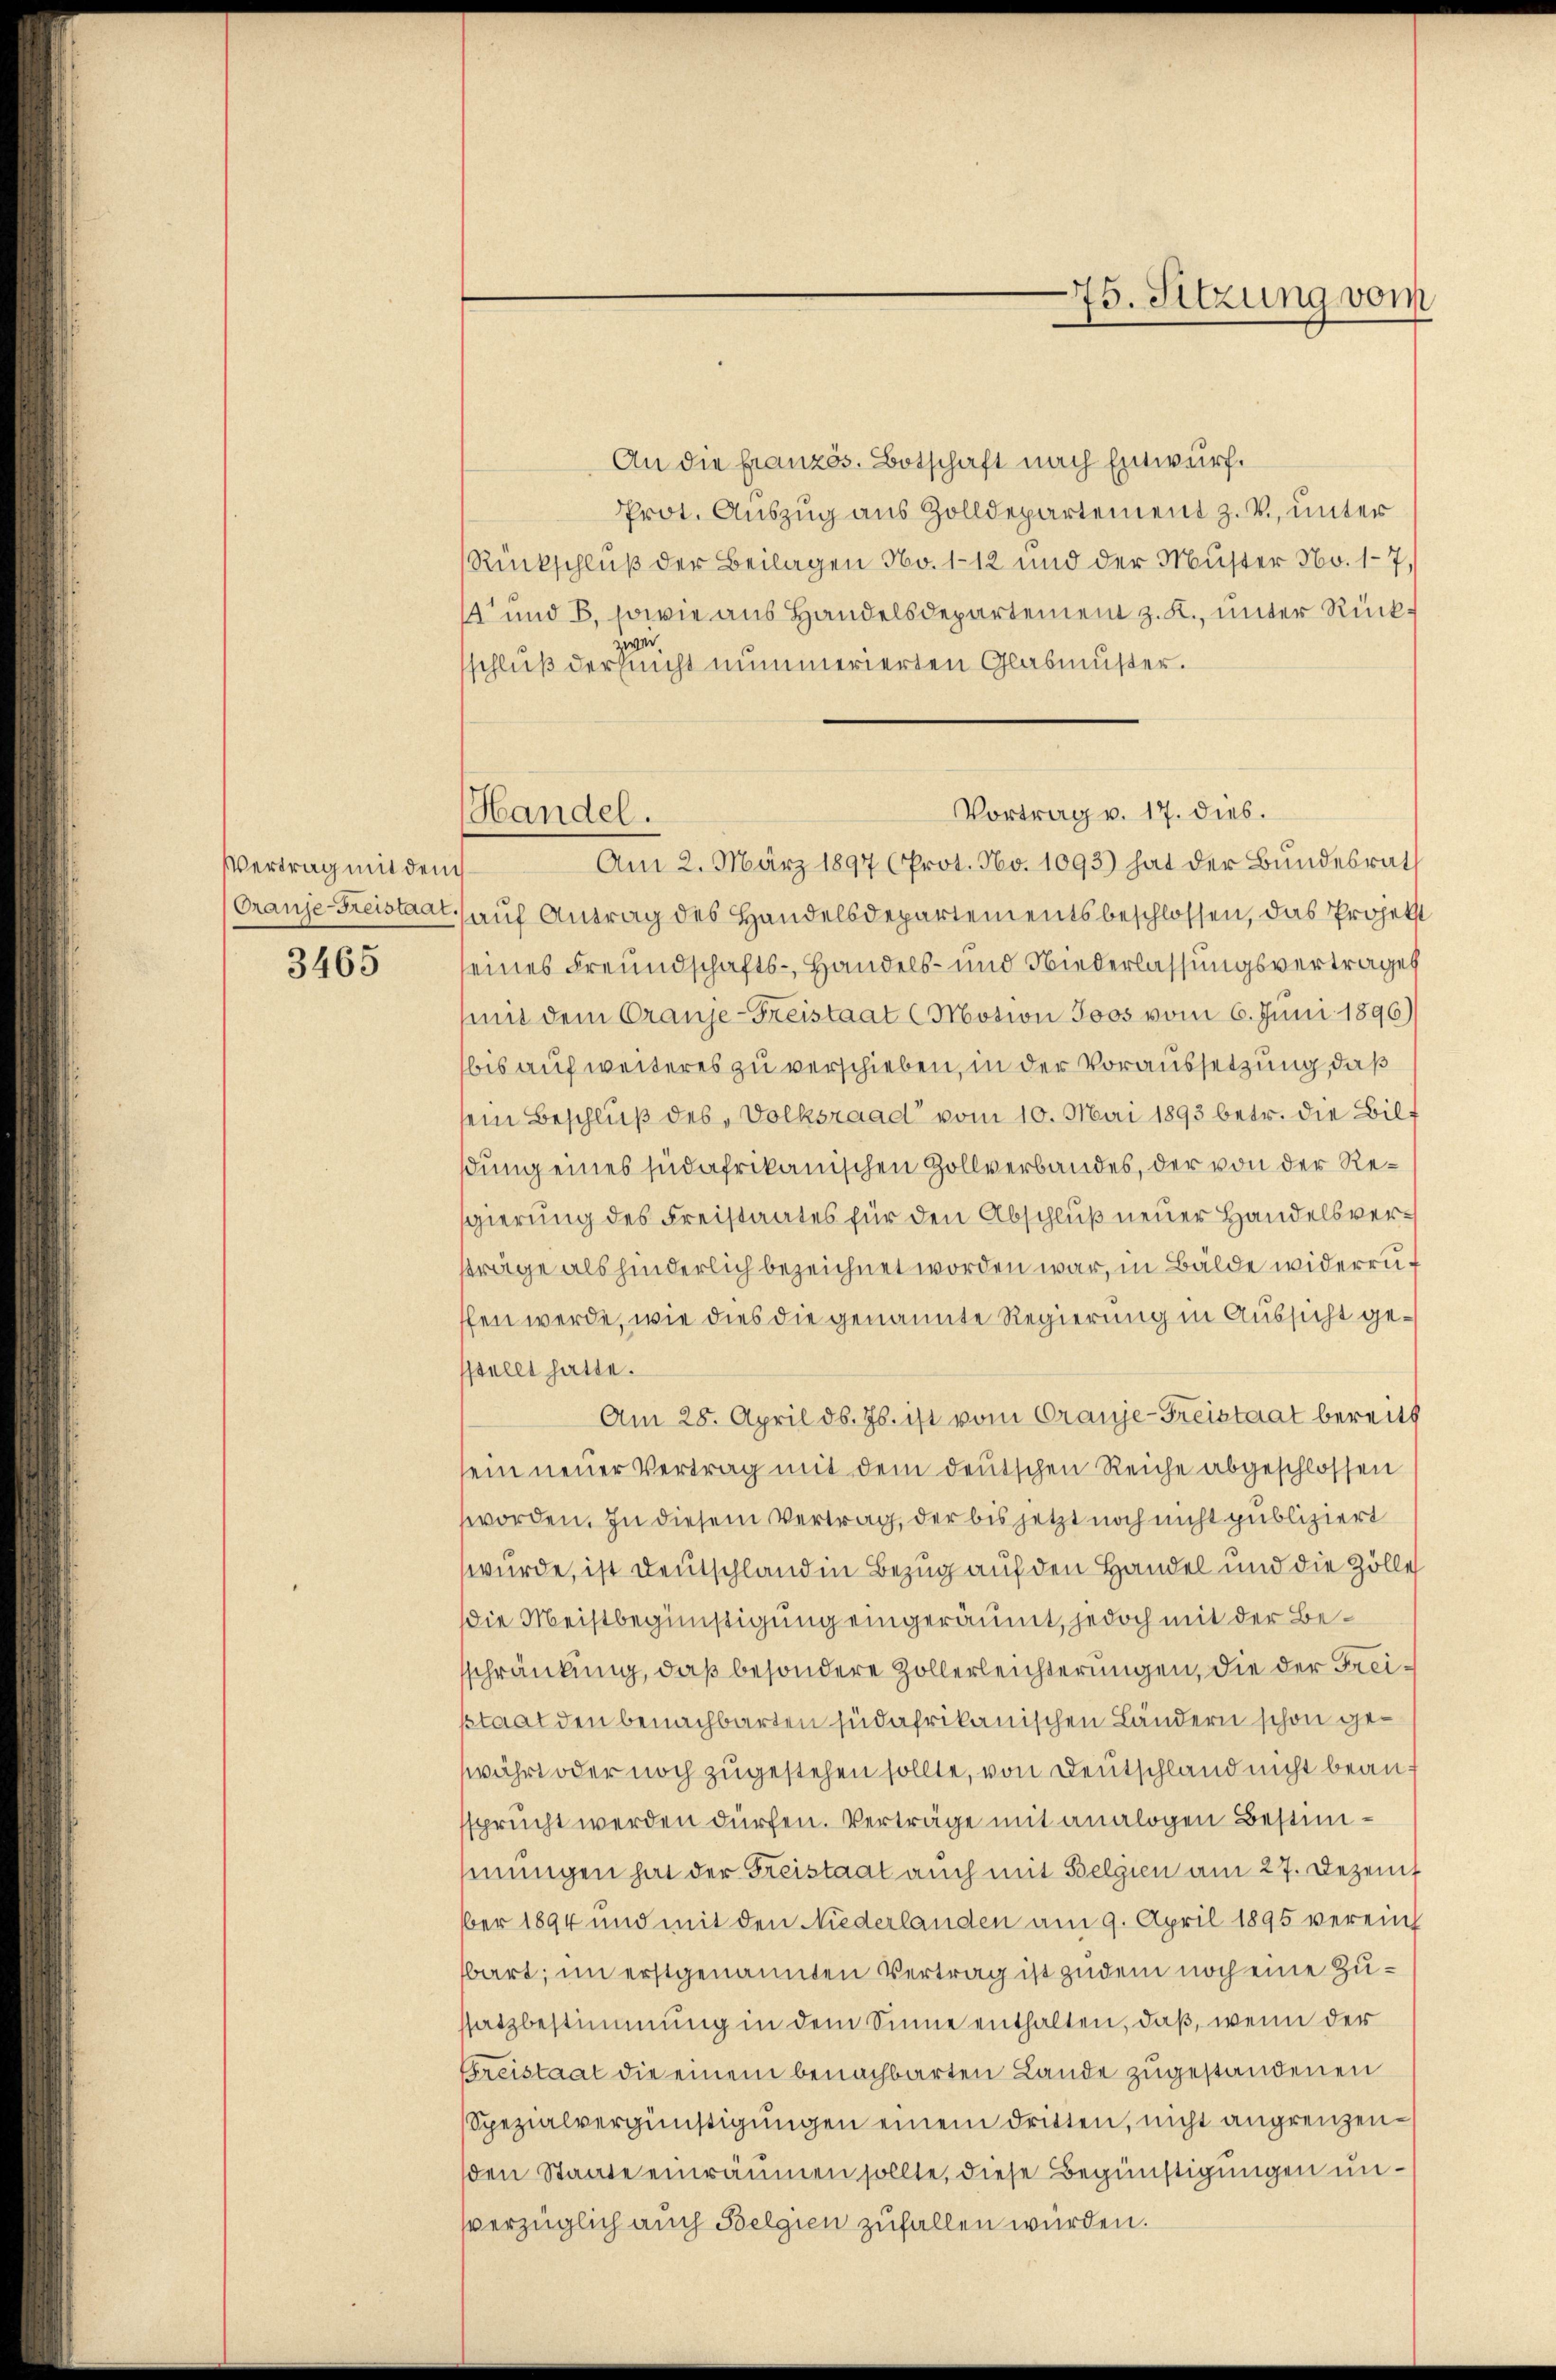
Vertrag mit den
Oranje-Freistaat.

3465

Handel.
d

An die französ. Botschaft nach Entwurf.
Prot. Auszug aus Zolldepartement z. V., unter
Rückschluß der Beilagen No. 112 und der Muster No. 17,
 und 8, sowie aus Handelsdepartement z. K., unter Rückzwei
sschluß der nicht nummerierten Glasmuster.
Am 2. März 1897 (Prot. No. 1093) hat der Bundesrath
auf Antrag des Handelsdepartementsbeschlossen, das Projekt
seines Freundschafts-Handels- und Niederlassungsvertrages
mmt dem Cranje-Freistaat (Motion Joos vom 6. Juni 1896)
bis auf weiteres zu verschieben, in der Voraussetzung, daß
sein Beschluß des Volksraad vom 10. Mai 1893 betr. die Bilt
dung eines südafrikanischen Zollverbandes, der von der Resgierung des Freistaates für den Abschluß neuer Handelsversträge als hinderlich bezeichnet worden war, in Bälde widerruf
ffen werde, wie dies die genannte Regierung in Aussicht gesstellt hatte.
Am 28. April d. Js. ist vom Oranje-Freistaat bereits
ein neuer Vertrag mit dem deutschen Reiche abgeschlossen
worden. In diesem Vertrag, der bis jetzt noch nicht publiziert
wurde, ist Deutschland in Bezug auf den Handel und die Zölle
die Meistbegünstigung eingeräumt, jedoch mit der Besschränkung, daß besondere Zollerleichterungen, die der Freistaat den benachbarten jüdafrikanischen Ländern schon gewährt oder noch zugestehen sollte, von Deutschland nicht beauf
sprucht werden dürfen. Verträge mit analogen Bestimhinungen hat der Freistaat auch mit Belgien am 27. Dezemb
ber 1894 und mit den Niederlanden am 9. April 1895 verein
bart; im erstgenannten Vertrag ist zudem noch eine Zussatzbestimmung in dem Sinne enthalten, daß, wenn der
Greistaat die einem benachbarten Lande zugestandenen
Spezialvergünstigungen einem dritten, nicht angrenzenden Staate einräumen sollte, diese Begünstigungen unverzüglich auch Belgien zufallen würden.

Vortrag v. 17. dies.

75. Sitzung vom